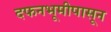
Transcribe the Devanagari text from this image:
दफनभूमीपासून